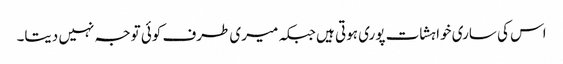
اس کی ساری خواہشات پوری ہوتی ہیں جبکہ میری طرف کوئی توجہ نہیں دیتا۔